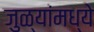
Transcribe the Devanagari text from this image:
जुळ्यांमध्ये